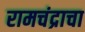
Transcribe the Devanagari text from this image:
रामचंद्राचा